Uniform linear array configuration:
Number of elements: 12
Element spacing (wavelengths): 0.75
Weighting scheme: uniform
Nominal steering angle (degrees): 60
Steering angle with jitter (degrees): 61.058
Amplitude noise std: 0.05
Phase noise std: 0.05

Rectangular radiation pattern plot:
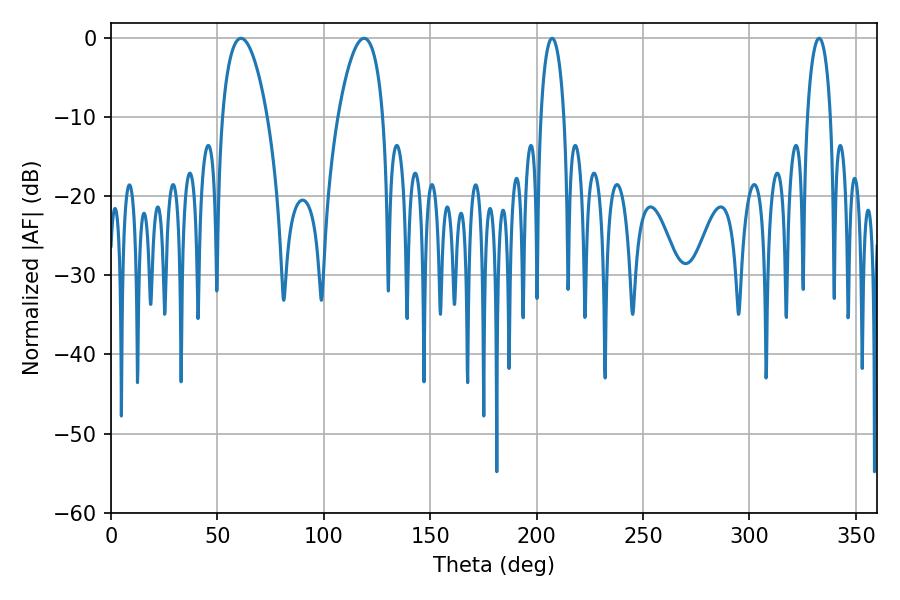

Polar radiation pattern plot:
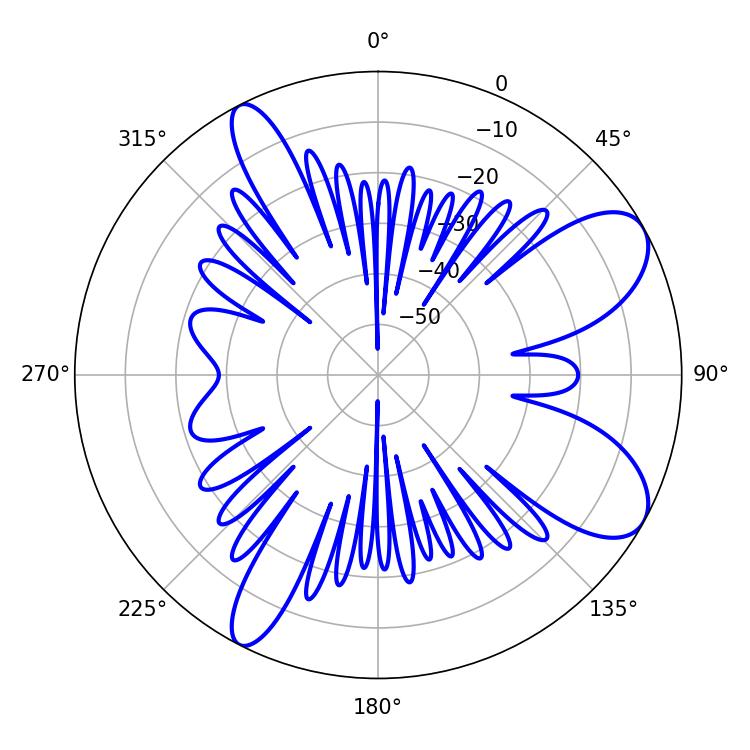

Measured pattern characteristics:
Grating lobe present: TRUE
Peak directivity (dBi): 8.596
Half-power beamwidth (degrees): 11.88
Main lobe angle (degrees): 61.02